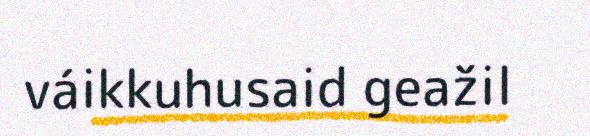
váikkuhusaid geažil